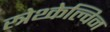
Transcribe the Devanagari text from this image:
स्त्रेथ्केल्विन